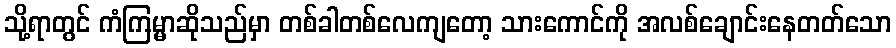
သို့ရာတွင် ကံကြမ္မာဆိုသည်မှာ တစ်ခါတစ်လေကျတော့ သားကောင်ကို အလစ်ချောင်းနေတတ်သော